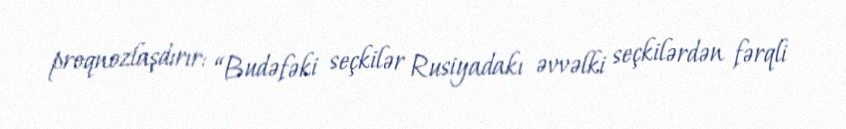
proqnozlaşdırır: “Budəfəki seçkilər Rusiyadakı əvvəlki seçkilərdən fərqli